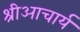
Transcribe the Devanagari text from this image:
श्रीआचार्य